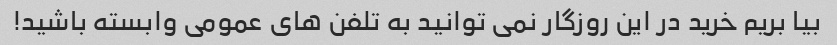
بیا بریم خرید در این روزگار نمی توانید به تلفن های عمومی وابسته باشید!